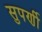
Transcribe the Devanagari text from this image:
सुपर्णी